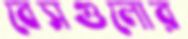
বেসগুলোর